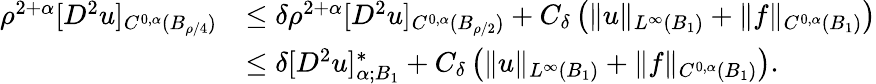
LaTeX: \begin{array}{rl}{\rho^{2+\alpha}[D^{2}u]_{C^{0,\alpha}(B_{\rho/4})}}&{\le\delta\rho^{2+\alpha}[D^{2}u]_{C^{0,\alpha}(B_{\rho/2})}+C_{\delta}\left(\| u\| _{L^{\infty}(B_{1})}+\| f\| _{C^{0,\alpha}(B_{1})}\right)}\\ &{\le\delta[D^{2}u]_{\alpha;B_{1}}^{*}+C_{\delta}\left(\| u\| _{L^{\infty}(B_{1})}+\| f\| _{C^{0,\alpha}(B_{1})}\right).}\end{array}